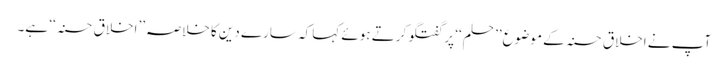
آپ نے اخلاق حسنہ کے موضوع ’’حلم‘‘ پر گفتگو کرتے ہوئے کہا کہ سارے دین کا خلاصہ ’’اخلاق حسنہ‘‘ ہے۔